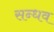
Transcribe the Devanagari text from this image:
सन्धव